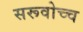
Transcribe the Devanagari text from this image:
सरूवोच्च